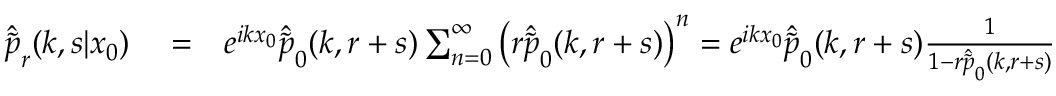
\begin{array} { r l r } { \hat { \tilde { p } } _ { r } ( k , s | x _ { 0 } ) } & { { } = } & { e ^ { i k x _ { 0 } } \hat { \tilde { p } } _ { 0 } ( k , r + s ) \sum _ { n = 0 } ^ { \infty } \left( r \hat { \tilde { p } } _ { 0 } ( k , r + s ) \right) ^ { n } = e ^ { i k x _ { 0 } } \hat { \tilde { p } } _ { 0 } ( k , r + s ) \frac { 1 } { 1 - r \hat { \tilde { p } } _ { 0 } ( k , r + s ) } } \end{array}